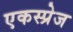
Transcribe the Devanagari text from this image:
एकस्प्रेज